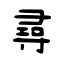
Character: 尋